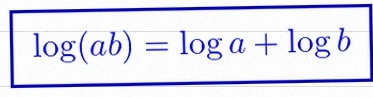
\log(ab)=\log a+\log b